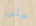
على